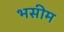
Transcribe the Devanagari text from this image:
भसीम